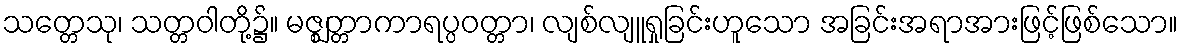
သတ္တေသု၊ သတ္တဝါတို့၌။ မဇ္ဈတ္တာကာရပ္ပဝတ္တာ၊ လျစ်လျူရှုခြင်းဟူသော အခြင်းအရာအားဖြင့်ဖြစ်သော။